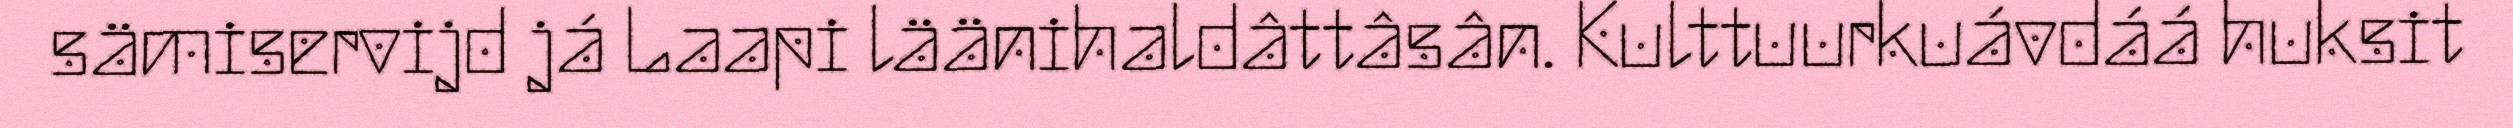
sämiservijd já Laapi läänihaldâttâsân. Kulttuurkuávdáá huksit